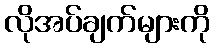
လိုအပ်ချက်များကို